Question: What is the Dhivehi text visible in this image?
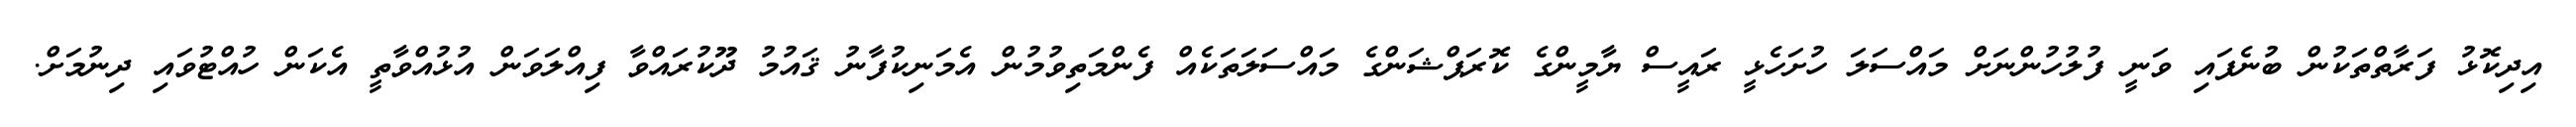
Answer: އިދިކޮޅު ފަރާތްތަކުން ބުނެފައި ވަނީ ފުލުހުންނަށް މައްސަލަ ހުށަހެޅީ ރައީސް ޔާމީންގެ ކޮރަޕްޝަންގެ މައްސަލަތަކެއް ފެންމަތިވުމުން އެމަނިކުފާނު ޤައުމު ދޫކުރައްވާ ފިއްލަވަން އުޅުއްވާތީ އެކަން ހުއްޓުވައި ދިނުމަށް.